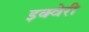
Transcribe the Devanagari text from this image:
इक्वेरी